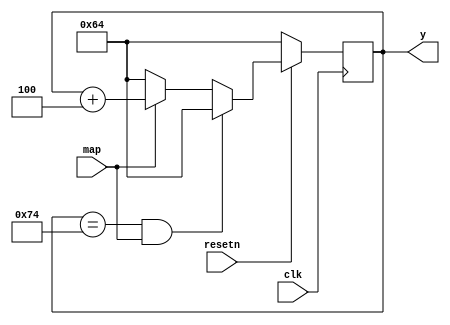
module y_update_5(input map,input clk, input resetn, output reg [7:0] y);


 always@(posedge clk)
 if(resetn == 1'b0)
 y <= 8'd100;
 else if(y == 8'd116 && map)
 y <= 8'd100;
 else if(map)
 y <= y + 3'd4;
 else if (!map) y <= 8'd100;

 
endmodule